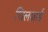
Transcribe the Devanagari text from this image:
घिलज़ाई